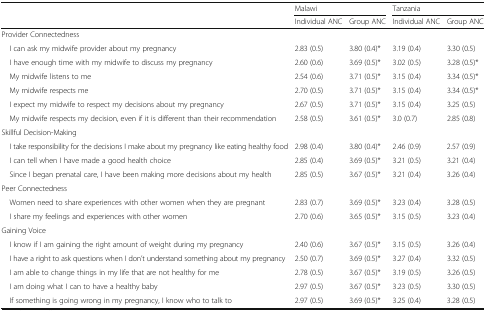
<table><thead><tr><td rowspan="2"></td><td colspan="2"><b>Malawi</b></td><td colspan="2"><b>Tanzania</b></td></tr><tr><td><b>Individual ANC</b></td><td><b>Group ANC</b></td><td><b>Individual ANC</b></td><td><b>Group ANC</b></td></tr></thead><tbody><tr><td colspan="5">Provider Connectedness</td></tr><tr><td> I can ask my midwife provider about my pregnancy</td><td>2.83 (0.5)</td><td>3.80 (0.4)*</td><td>3.19 (0.4)</td><td>3.30 (0.5)</td></tr><tr><td> I have enough time with my midwife to discuss my pregnancy</td><td>2.60 (0.6)</td><td>3.69 (0.5)*</td><td>3.02 (0.5)</td><td>3.28 (0.5)*</td></tr><tr><td> My midwife listens to me</td><td>2.54 (0.6)</td><td>3.71 (0.5)*</td><td>3.15 (0.4)</td><td>3.34 (0.5)*</td></tr><tr><td> My midwife respects me</td><td>2.70 (0.5)</td><td>3.71 (0.5)*</td><td>3.15 (0.4)</td><td>3.34 (0.5)*</td></tr><tr><td> I expect my midwife to respect my decisions about my pregnancy</td><td>2.67 (0.5)</td><td>3.71 (0.5)*</td><td>3.15 (0.4)</td><td>3.25 (0.5)</td></tr><tr><td> My midwife respects my decision, even if it is different than their recommendation</td><td>2.58 (0.5)</td><td>3.61 (0.5)*</td><td>3.0 (0.7)</td><td>2.85 (0.8)</td></tr><tr><td colspan="5">Skillful Decision-Making</td></tr><tr><td> I take responsibility for the decisions I make about my pregnancy like eating healthy food</td><td>2.98 (0.4)</td><td>3.80 (0.4)*</td><td>2.46 (0.9)</td><td>2.57 (0.9)</td></tr><tr><td> I can tell when I have made a good health choice</td><td>2.85 (0.4)</td><td>3.69 (0.5)*</td><td>3.21 (0.5)</td><td>3.21 (0.4)</td></tr><tr><td> Since I began prenatal care, I have been making more decisions about my health</td><td>2.85 (0.5)</td><td>3.67 (0.5)*</td><td>3.21 (0.4)</td><td>3.26 (0.4)</td></tr><tr><td colspan="5">Peer Connectedness</td></tr><tr><td> Women need to share experiences with other women when they are pregnant</td><td>2.83 (0.7)</td><td>3.69 (0.5)*</td><td>3.23 (0.4)</td><td>3.28 (0.5)</td></tr><tr><td> I share my feelings and experiences with other women</td><td>2.70 (0.6)</td><td>3.65 (0.5)*</td><td>3.15 (0.5)</td><td>3.23 (0.4)</td></tr><tr><td colspan="5">Gaining Voice</td></tr><tr><td> I know if I am gaining the right amount of weight during my pregnancy</td><td>2.40 (0.6)</td><td>3.67 (0.5)*</td><td>3.15 (0.5)</td><td>3.26 (0.4)</td></tr><tr><td> I have a right to ask questions when I don’t understand something about my pregnancy</td><td>2.50 (0.7)</td><td>3.69 (0.5)*</td><td>3.27 (0.4)</td><td>3.32 (0.5)</td></tr><tr><td> I am able to change things in my life that are not healthy for me</td><td>2.78 (0.5)</td><td>3.67 (0.5)*</td><td>3.19 (0.5)</td><td>3.26 (0.5)</td></tr><tr><td> I am doing what I can to have a healthy baby</td><td>2.97 (0.5)</td><td>3.67 (0.5)*</td><td>3.23 (0.5)</td><td>3.30 (0.5)</td></tr><tr><td> If something is going wrong in my pregnancy, I know who to talk to</td><td>2.97 (0.5)</td><td>3.69 (0.5)*</td><td>3.25 (0.4)</td><td>3.28 (0.5)</td></tr></tbody></table>